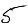
Digit: 5